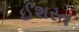
ઈશરત